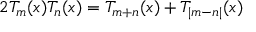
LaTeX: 2 T _ { m } ( x ) T _ { n } ( x ) = T _ { m + n } ( x ) + T _ { | m - n | } ( x )